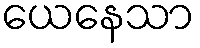
ယေနေသာ